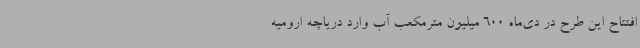
افتتاح این طرح در دی‌ماه 600 میلیون مترمکعب آب وارد دریاچه ارومیه